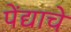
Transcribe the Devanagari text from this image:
पेंद्याचे